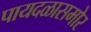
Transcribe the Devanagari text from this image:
पायदळासमोर